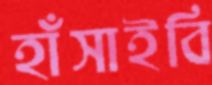
হাঁসাইবি